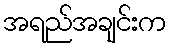
အရည်အချင်းက